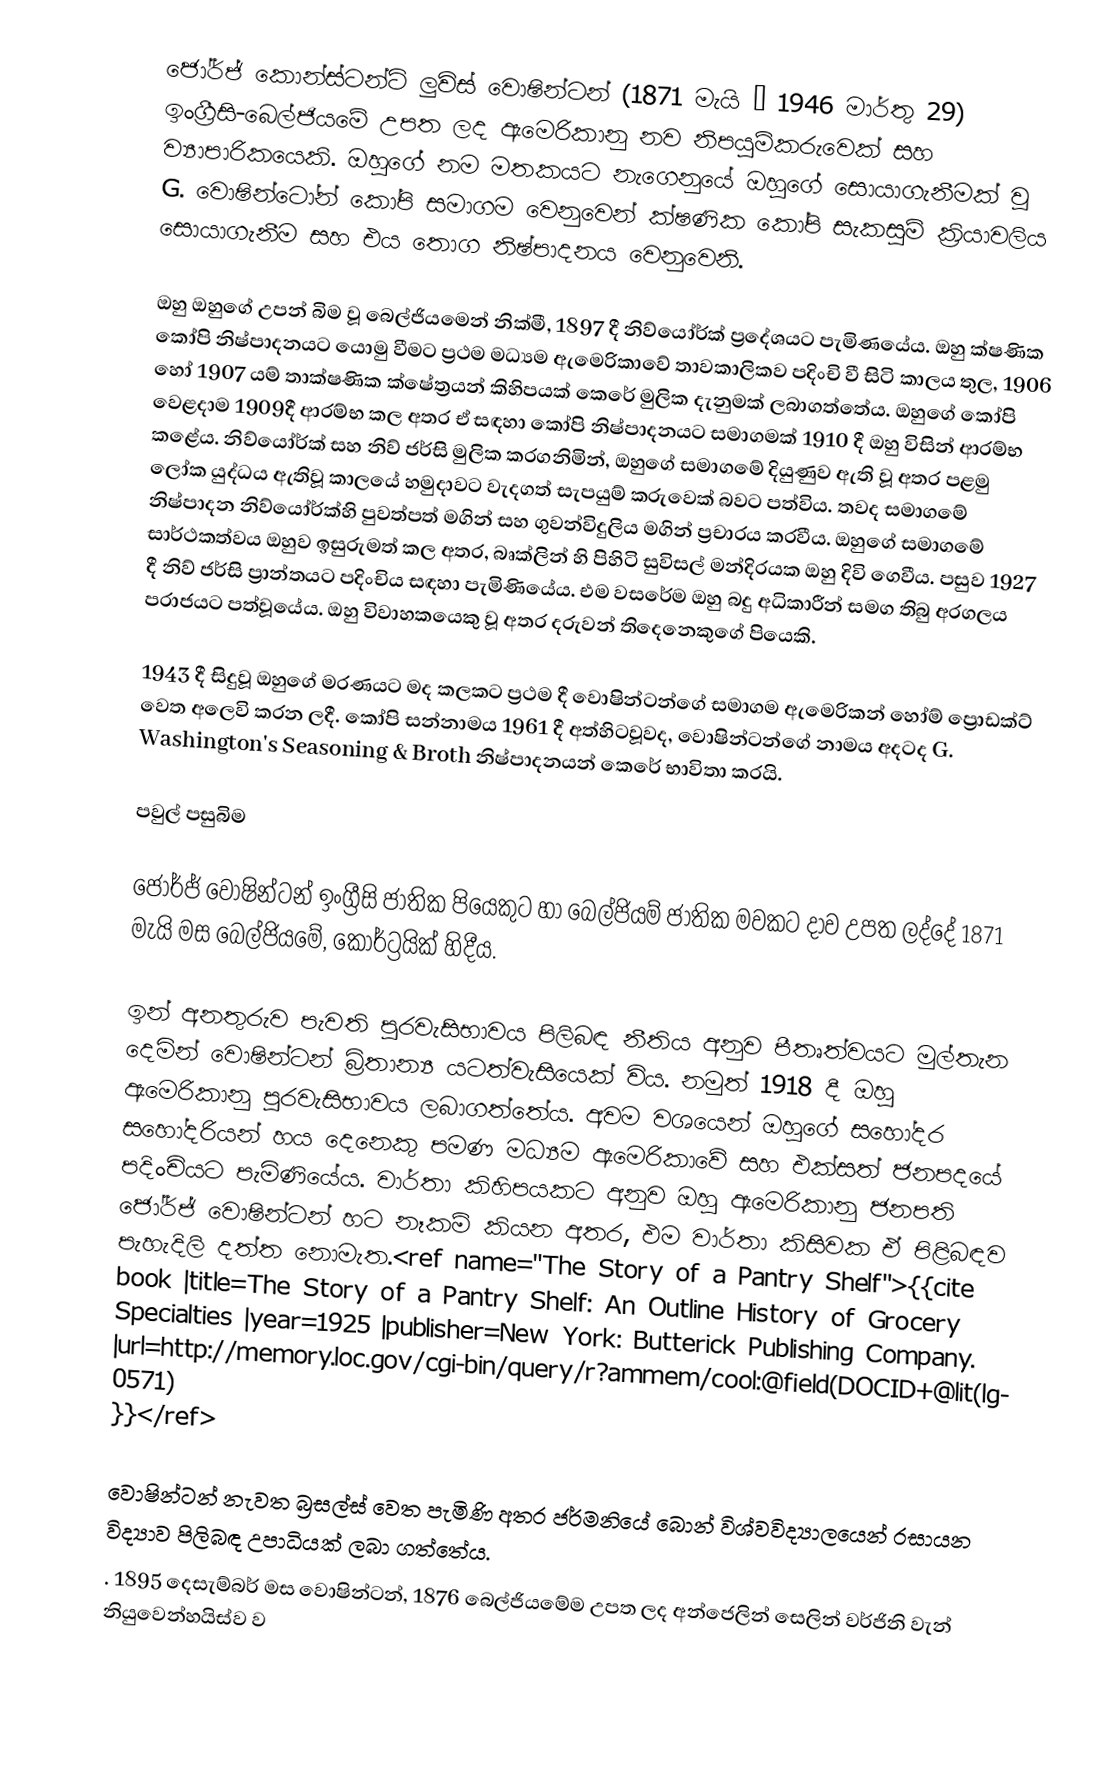
ජෝර්ජ් කොන්ස්ටන්ට් ලුවිස් වොෂින්ටන් (1871 මැයි – 1946 මාර්තු 29) ඉංග්‍රීසි-බෙල්ජියමේ උපත ලද ඇමෙරිකානු නව නිපයුම්කරුවෙක් සහ ව්‍යාපාරිකයෙකි. ඔහුගේ නම මතකයට නැගෙනුයේ ඔහුගේ සොයාගැනීමක් වූ G. වොෂින්ටෝන් කෝපි සමාගම වෙනුවෙන් ක්ෂණික කෝපි සැකසුම් ක්‍රියාවලිය සොයාගැනීම සහ එය තොග නිෂ්පාදනය වෙනුවෙනි.

ඔහු ඔහුගේ උපන් බිම වූ බෙල්ජියමෙන් නික්මී, 1897 දී නිව්යෝර්ක් ප්‍රදේශයට පැමිණයේය. ඔහු ක්ෂණික කෝපි නිෂ්පාදනයට යොමු වීමට ප්‍රථම මධ්‍යම ඇමෙරිකාවේ තාවකාලිකව පදිංචි වී සිටි කාලය තුල,  1906 හෝ 1907  යම් තාක්ෂණික ක්ෂේත්‍රයන් කිහිපයක් කෙරේ මුලික දැනුමක් ලබාගත්තේය. ඔහුගේ කෝපි වෙළදාම 1909දී ආරම්භ කල අතර ඒ සඳහා කෝපි නිෂ්පාදනයට සමාගමක් 1910 දී ඔහු විසින් ආරම්භ කළේය. නිව්යෝර්ක් සහ නිව් ජර්සි මුලික කරගනිමින්, ඔහුගේ සමාගමේ දියුණුව ඇති වූ අතර පළමු ලෝක යුද්ධය ඇතිවූ කාලයේ හමුදාවට වැදගත් සැපයුම් කරුවෙක් බවට පත්විය. තවද සමාගමේ නිෂ්පාදන නිව්යෝර්ක්හි පුවත්පත් මගින් සහ ගුවන්විදුලිය මගින් ප්‍රචාරය කරවීය. ඔහුගේ සමාගමේ සාර්ථකත්වය ඔහුව ඉසුරුමත් කල අතර, බෘක්ලින් හි පිහිටි සුවිසල් මන්දිරයක ඔහු දිවි ගෙවීය. පසුව 1927 දී නිව් ජර්සි ප්‍රාන්තයට පදිංචිය සඳහා පැමිණියේය. එම වසරේම ඔහු බදු අධිකාරීන් සමග තිබු අරගලය පරාජයට පත්වූයේය. ඔහු විවාහකයෙකු  වූ අතර දරුවන් තිදෙනෙකුගේ පියෙකි.

1943 දී සිදුවූ ඔහුගේ මරණයට මද කලකට ප්‍රථම දී වොෂින්ටන්ගේ සමාගම ඇමෙරිකන් හෝම් ප්‍රොඩක්ට් වෙත අලෙවි කරන ලදී. කෝපි සන්නාමය 1961 දී අත්හිටවූවද, වොෂින්ටන්ගේ නාමය අදටද G. Washington's Seasoning & Broth නිෂ්පාදනයන් කෙරේ භාවිතා කරයි.

පවුල් පසුබිම

ජෝර්ජ් වොෂින්ටන් ඉංග්‍රීසි ජාතික පියෙකුට හා බෙල්ජියම් ජාතික මවකට දාව උපත ලද්දේ 1871 මැයි මස බෙල්ජියමේ, කොර්ට්‍රයික් හිදීය.

ඉන් අනතුරුව පැවති පුරවැසිභාවය පිලිබඳ නීතිය අනුව පීතෘත්වයට මුල්තැන දෙමින් වොෂින්ටන් බ්‍රිතාන්‍ය යටත්වැසියෙක් විය. නමුත් 1918  දී ඔහු ඇමෙරිකානු පුරවැසිභාවය ලබාගත්තේය. අවම වශයෙන් ඔහුගේ සහෝදර සහෝදරියන් හය දෙනෙකු පමණ මධ්‍යම ඇමෙරිකාවේ සහ එක්සත් ජනපදයේ  පදිංචියට පැමිණියේය. වාර්තා කිහිපයකට අනුව ඔහු ඇමෙරිකානු ජනපති ජෝර්ජ් වොෂින්ටන් හට නෑකම් කියන අතර, එම වාර්තා කිසිවක ඒ පිළිබඳව පැහැදිලි දත්ත නොමැත.<ref name="The Story of a Pantry Shelf">{{cite book |title=The Story of a Pantry Shelf: An Outline History of Grocery Specialties |year=1925 |publisher=New York: Butterick Publishing Company. |url=http://memory.loc.gov/cgi-bin/query/r?ammem/cool:@field(DOCID+@lit(lg0571) }}</ref>

වොෂින්ටන් නැවත බ්‍රසල්ස් වෙත පැමිණි අතර ජර්මනියේ බොන් විශ්වවිද්‍යාලයෙන් රසායන විද්‍යාව පිලිබඳ උපාධියක් ලබා ගත්තේය.
. 1895 දෙසැම්බර් මස වොෂින්ටන්, 1876 බෙල්ජියමේම උපත ලද අන්ජෙලින් සෙලින් වර්ජිනි වැන් නියුවෙන්හයිස්ව ව